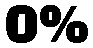
0%